Senior Leaving Certificate Examination (including Day School Certificate (Higher) General paper), 1947
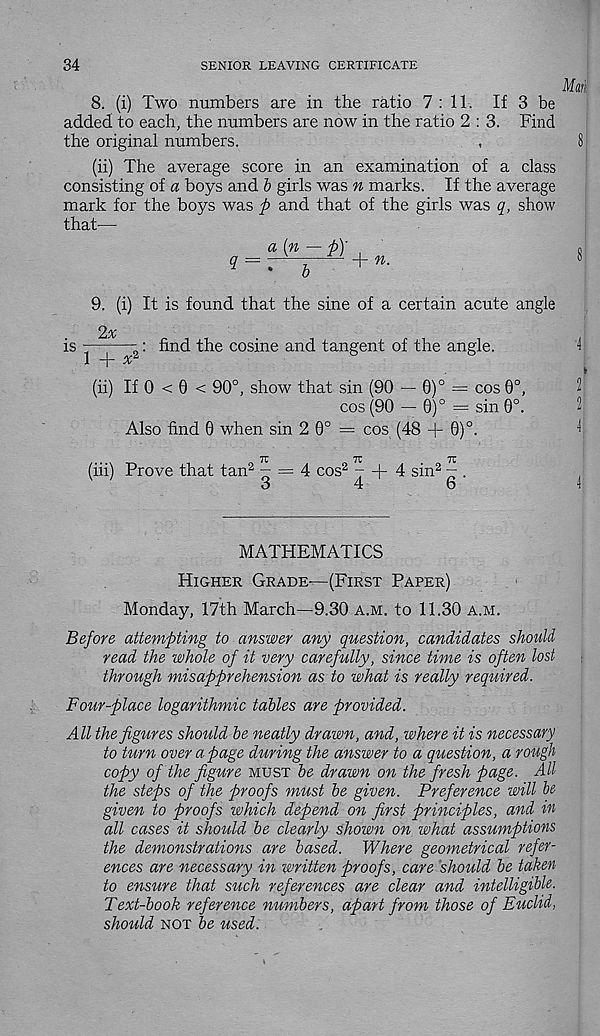
34
SENIOR LEAVING CERTIFICATE
8. (i) Two numbers are in the ratio 7:11. If 3 be
added to each, the numbers are now in the ratio 2 : 3. Find
the original numbers.
(ii) The average score in an examination of a class
consisting of a boys and b girls was n marks. If the average
mark for the boys was fi and that of the girls was q, show
that—
a [n — 'b\
? = rV^ + ».
9. (i) It is found that the sine of a certain acute angle
2%
is
1 +
: find the cosine and tangent of the angle.
(ii) If 0 < 0 < 90°, show that sin (90 — 0)° = cos 0°,
cos (90 — 0)° = sin 0°.
Also find 0 when sin 2 0° = cos (48 + 0)°.
7C
71
7Z
(iii) Prove that tan 2 - = 4 cos 2 t + 4 sin 2 - .
3
4
6
MATHEMATICS
Higher Grade—(First Paper)
Monday, 17th March—9.30 a.m. to 11.30 a.m.
Before attempting to answer any question, candidates should
read the whole of it very carefully, since time is often lost
through misapprehension as to what is really required.
Four-place logarithmic tables are provided.
All the figures should be neatly drawn, and, where it is necessary
to turn over a page during the answer to a question, a rough
copy of the figure must be drawn on the fresh page. All
the steps of the proofs must be given. Preference will bz
given to proofs which depend on first principles, and in
all cases it should be clearly shown on what assumptions
the demonstrations are based. Where geometrical refer-
ences are necessary in written proofs, care should be taken
to ensure that such references are clear and intelligible-
Text-book reference numbers, apart from those of Euclid,
should not be used.